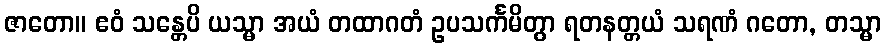
ဇာတော။ ဧဝံ သန္တေပိ ယသ္မာ အယံ တထာဂတံ ဥပသင်္ကမိတွာ ရတနတ္တယံ သရဏံ ဂတော, တသ္မာ